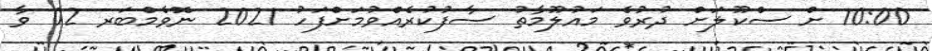
10:00 ށް ސްކޫލަށް ދުރުވެ މައުލޫމާތު ސާފުކުރެއްވުމަށްފަހު 2021 ނޮވެމްބަރ 02 ވާ